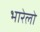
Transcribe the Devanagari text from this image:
भारेलो